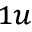
_ { 1 u }